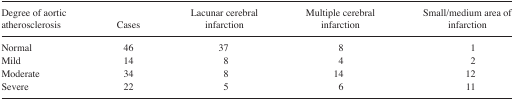
<table><thead><tr><td><b>Degree of aortic atherosclerosis</b></td><td><b>Cases</b></td><td><b>Lacunar cerebral infarction</b></td><td><b>Multiple cerebral infarction</b></td><td><b>Small/medium area of infarction</b></td></tr></thead><tbody><tr><td>Normal</td><td>46</td><td>37</td><td>8</td><td>1</td></tr><tr><td>Mild</td><td>14</td><td>8</td><td>4</td><td>2</td></tr><tr><td>Moderate</td><td>34</td><td>8</td><td>14</td><td>12</td></tr><tr><td>Severe</td><td>22</td><td>5</td><td>6</td><td>11</td></tr></tbody></table>